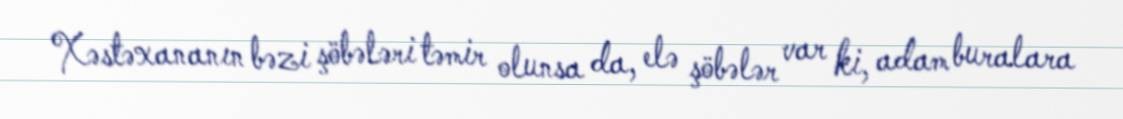
Xəstəxananın bəzi şöbələri təmir olunsa da, elə şöbələr var ki, adam buralara